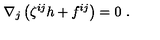
\nabla _ { j } \left( \zeta ^ { i j } h + f ^ { i j } \right) = 0 \ .